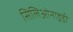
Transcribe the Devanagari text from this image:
सिलिओनाइडी